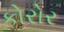
કોરોર